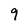
Character: 9